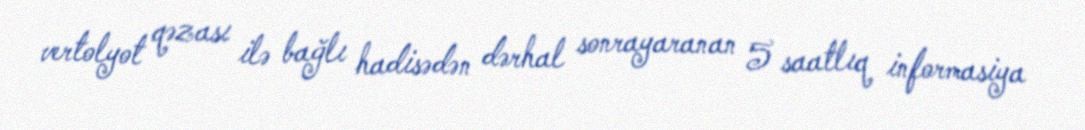
vertolyot qəzası ilə bağlı hadisədən dərhal sonrayaranan 5 saatlıq informasiya